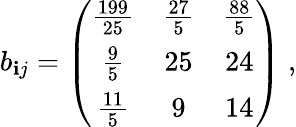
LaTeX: b_{\mathbf{i}j}=\left(\begin{array}{ccc}{{{\frac{199}{25}}}}&{{{\frac{27}{5}}}}&{{{\frac{88}{5}}}}\\ {{{\frac{9}{5}}}}&{{25}}&{{24}}\\ {{{\frac{11}{5}}}}&{{9}}&{{14}}\end{array}\right)\; ,